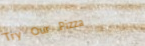
Try Our Pizza